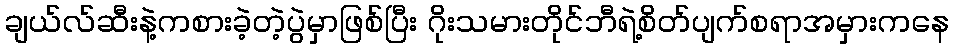
ချယ်လ်ဆီးနဲ့ကစားခဲ့တဲ့ပွဲမှာဖြစ်ပြီး ဂိုးသမားတိုင်ဘီရဲ့စိတ်ပျက်စရာအမှားကနေ